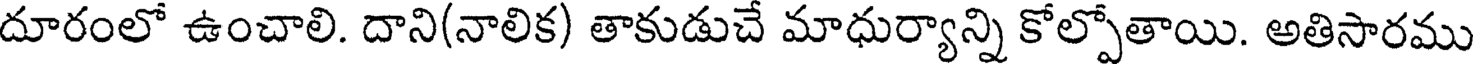
దూరంలో ఉంచాలి. దాని(నాలిక) తాకుడుచే మాధుర్యాన్ని కోల్పోతాయి. అతిసారము